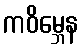
ကဝိမ္ဘေန